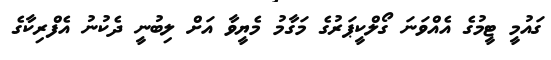
ގައުމީ ޓީމުގެ އެއްވަނަ ގޯލްކީޕަރުގެ މަގާމު މެޔީވާ އަށް ލިބުނީ ދެކުނު އެފްރިކާގެ